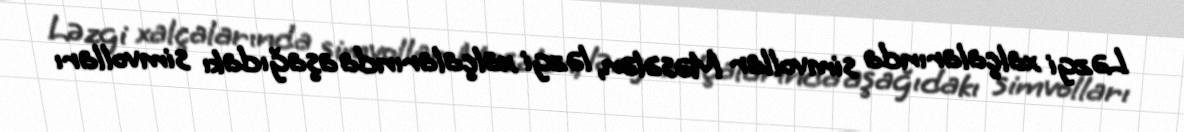
Ləzgi xalçalarında simvollar Məsələn, ləzgi xalçalarında aşağıdakı simvolları